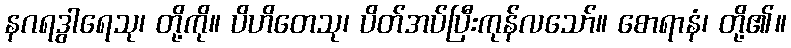
နဂရဒွါရေသု၊ တို့ကို။ ပိဟိတေသု၊ ပိတ်အပ်ပြီးကုန်လသော်။ စောရာနံ၊ တို့၏။